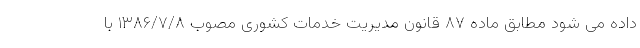
داده می شود مطابق ماده ۸۷ قانون مدیریت خدمات کشوری مصوب ۱۳۸۶/۷/۸ با